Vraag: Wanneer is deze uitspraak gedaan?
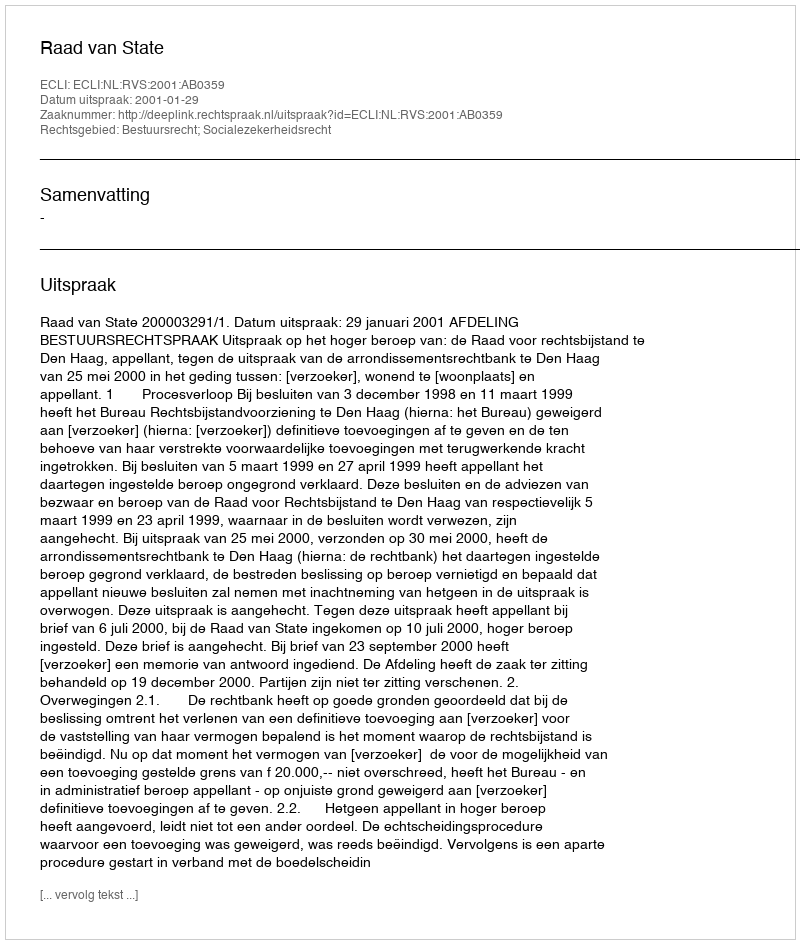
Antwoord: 2001-01-29